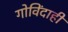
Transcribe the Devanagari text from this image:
गोविंदाही